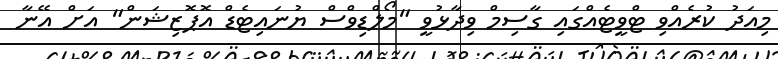
މިއަދު ކުރެއްވި ޓްވީޓެއްގައި ގާސިމް ވިދާޅުވީ "މޯލްޑިވްސް ޔުނައިޓެޑް އޮޕޮޒިޝަން" އަށް އޭނާ